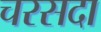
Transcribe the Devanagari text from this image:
चरसदा